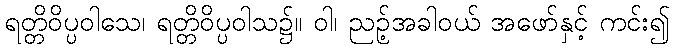
ရတ္တိဝိပ္ပဝါသေ၊ ရတ္တိဝိပ္ပဝါသ၌။ ဝါ၊ ညဉ့်အခါဝယ် အဖော်နှင့် ကင်း၍